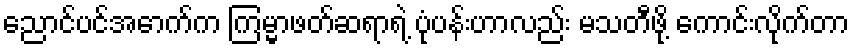
ညောင်ပင်အောက်က ကြမ္မာဖတ်ဆရာရဲ့ ပုံပန်းဟာလည်း မသတီဖို့ ကောင်းလိုက်တာ